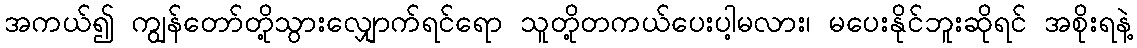
အကယ်၍ ကျွန်တော်တို့သွားလျှောက်ရင်ရော သူတို့တကယ်ပေးပါ့မလား၊ မပေးနိုင်ဘူးဆိုရင် အစိုးရနဲ့